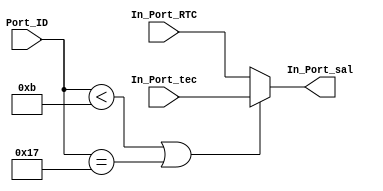
`timescale 1ns / 1ps

module MUX_In_Port(
	input [7:0] Port_ID,In_Port_tec,In_Port_RTC,
	output reg [7:0] In_Port_sal
    );

always@* begin
	In_Port_sal=0;
	if((Port_ID<8'hb)||(Port_ID==8'h17))begin In_Port_sal=In_Port_tec; end
	else begin In_Port_sal=In_Port_RTC; end
	end

endmodule